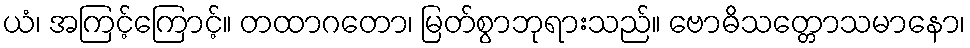
ယံ၊ အကြင့်ကြောင့်။ တထာဂတော၊ မြတ်စွာဘုရားသည်။ ဗောဓိသတ္တောသမာနော၊